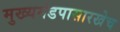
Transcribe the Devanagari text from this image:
मुख्यमंडपासारखेच